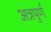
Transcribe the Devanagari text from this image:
अन्नपुर्ण